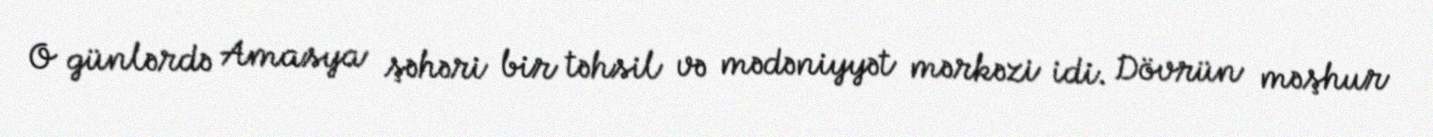
O günlərdə Amasya şəhəri bir təhsil və mədəniyyət mərkəzi idi. Dövrün məşhur